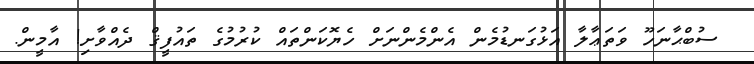
ސުބްޙާނަހޫ ވަތަޢާލާ އަޅުގަނޑުމެން އެންމެންނަށް ހެޔޮކަންތައް ކުރުމުގެ ތައުފީޤް ދެއްވާށި! އާމީން.